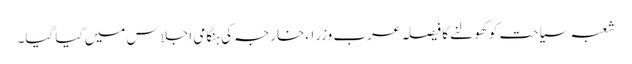
شعبہ سیاحت کو کھولنے کا فیصلہ عرب وزراءخارجہ کی ہنگامی اجلاس میں کیا گیا۔